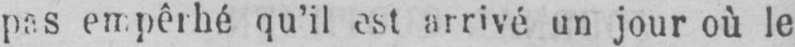
pas empêrhé qu’il est arrivé un jour où le